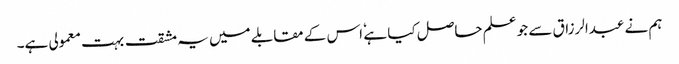
ہم نے عبدالرزاق سے جو علم حاصل کیا ہے ٗ اس کے مقابلے میں یہ مشقت بہت معمولی ہے۔